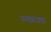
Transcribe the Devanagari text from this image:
उच्चराद्य